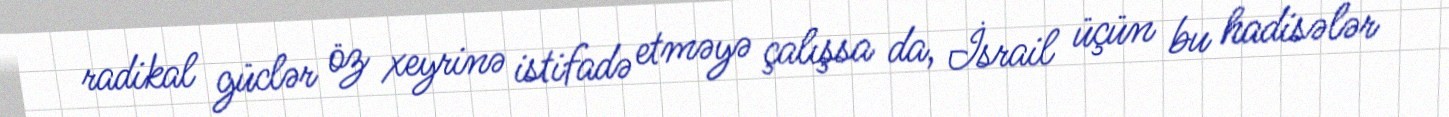
radikal güclər öz xeyrinə istifadə etməyə çalışsa da, İsrail üçün bu hadisələr